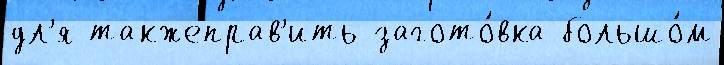
дл'я такжеправ'ить загото́вка большо́м